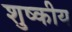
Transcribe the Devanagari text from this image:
शुष्कीय